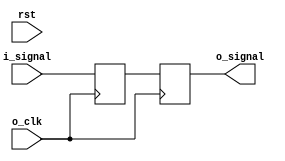
/***************************************************************************************************
 * Module: signal_sync
 *
 * Description: Synchronizers a signal from a slow clock domain to a fast clock domain using a
                Dual Flip-Flop.
 *
 * Test bench: tester_signal_sync.v
 *
 * Time-stamp: Thu 29 Oct 2009 17:32:27 EDT
 *
 * http://www.sunburst-design.com/papers/CummingsSNUG2008Boston_CDC.pdf (p. 49)
 **************************************************************************************************/
`ifndef _signal_sync_ `define _signal_sync_

module signal_sync
  #(parameter
    USE_RESET = 0)
   (input       o_clk,
    input       rst,
    input       i_signal,
    output reg  o_signal);

    reg q;

    generate
        if (USE_RESET) begin

            always @(posedge o_clk)
                if (rst)    {o_signal, q} <= 'b0;
                else        {o_signal, q} <= {q, i_signal};

        end
        else begin

            always @(posedge o_clk)
                {o_signal, q} <= {q, i_signal};

        end
    endgenerate


endmodule

`endif //  `ifndef _signal_sync_